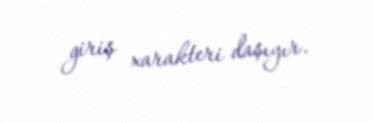
giriş xarakteri daşıyır.